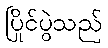
ပြိုင်ပွဲသည်